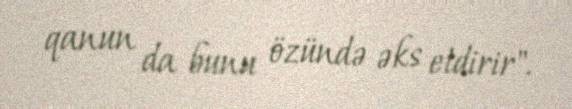
qanun da bunu özündə əks etdirir".